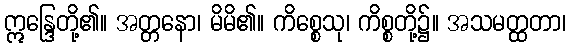
ဣန္ဒြေတို့၏။ အတ္တနော၊ မိမိ၏။ ကိစ္စေသု၊ ကိစ္စတို့၌။ အသမတ္ထတာ၊